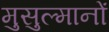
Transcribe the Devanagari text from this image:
मुसुल्मानों